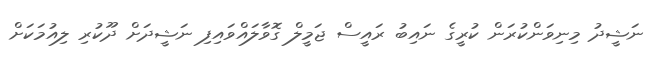
ނަޝީދު މިނިވަންކުރަން ކުރީގެ ނައިބު ރައީސް ޖަމީލް ގޮވާލައްވައިފި ނަޝީދަށް ދޫކުރި ލިއުމަކަށް